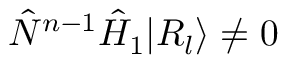
\hat { N } ^ { n - 1 } \hat { H } _ { 1 } | R _ { l } \rangle \neq 0